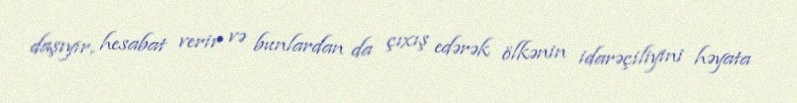
daşıyır, hesabat verir və bunlardan da çıxış edərək ölkənin idarəçiliyini həyata